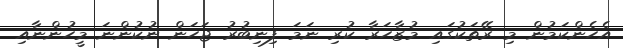
އެހެންކަމުން މި ރޭތަކުގައި މުޒާހަރާ ކުރި ނަމަ ފިނިބުރު ޖަހަން ނުކުންނަ މީހުންނާއި